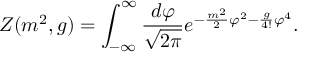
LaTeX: Z ( m ^ { 2 } , g ) = \int _ { - \infty } ^ { \infty } \frac { d \varphi } { \sqrt { 2 \pi } } e ^ { - \frac { m ^ { 2 } } { 2 } \varphi ^ { 2 } - \frac { g } { 4 ! } \varphi ^ { 4 } } .